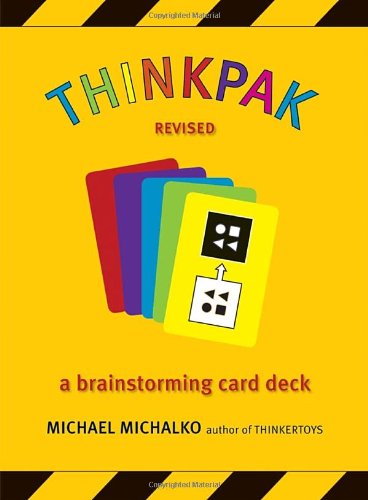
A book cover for Thinkpak: A Brainstorming Card Deck; Michael Michalko; Business & Money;